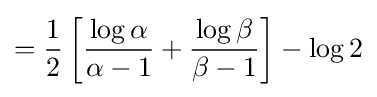
={\frac {1}{2}}\left[{\frac {\log \alpha }{\alpha -1}}+{\frac {\log \beta }{\beta -1}}\right]-\log 2